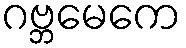
ဂဗ္ဘမေကေ